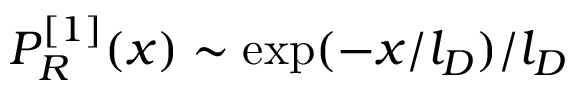
P _ { R } ^ { [ 1 ] } ( x ) \sim \exp ( - x / l _ { D } ) / l _ { D }